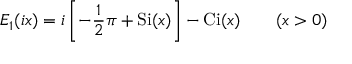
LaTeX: E _ { 1 } ( i x ) = i \left[ - { \frac { 1 } { 2 } } \pi + \operatorname { S i } ( x ) \right] - \operatorname { C i } ( x ) \qquad ( x > 0 )